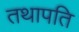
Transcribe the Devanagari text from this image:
तथापति